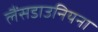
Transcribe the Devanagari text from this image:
लैंसडाउनियना